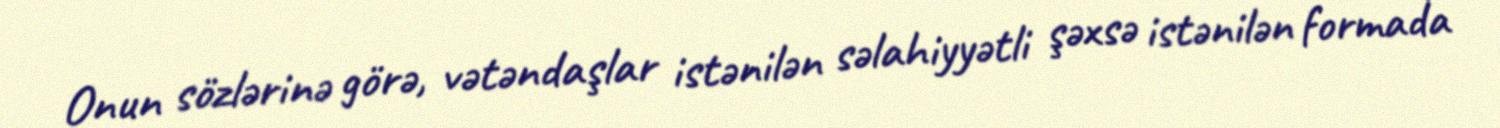
Onun sözlərinə görə, vətəndaşlar istənilən səlahiyyətli şəxsə istənilən formada